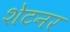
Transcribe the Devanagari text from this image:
शेटनर